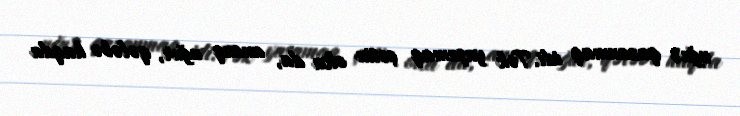
uğur qazanmaq idi. Tək yaşamaq çətin olsa da, ancaq uğur, qələbə haqda